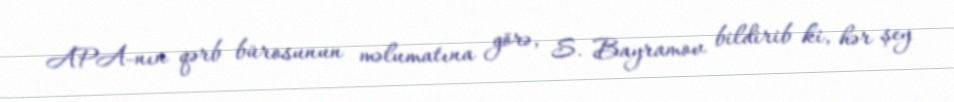
APA-nın qərb bürosunun məlumatına görə, S. Bayramov bildirib ki, hər şey